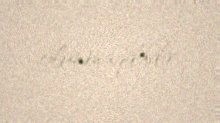
olunmaqdadır.